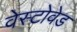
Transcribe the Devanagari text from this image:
वेस्टोवेड